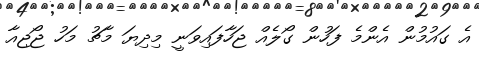
އެ ގައުމުން އެންމެ ފަހުން ގޯލެއް ޖަހާފައިވަނީ މިދިޔަ މާޗު މަހު ޖޯޖިއާ